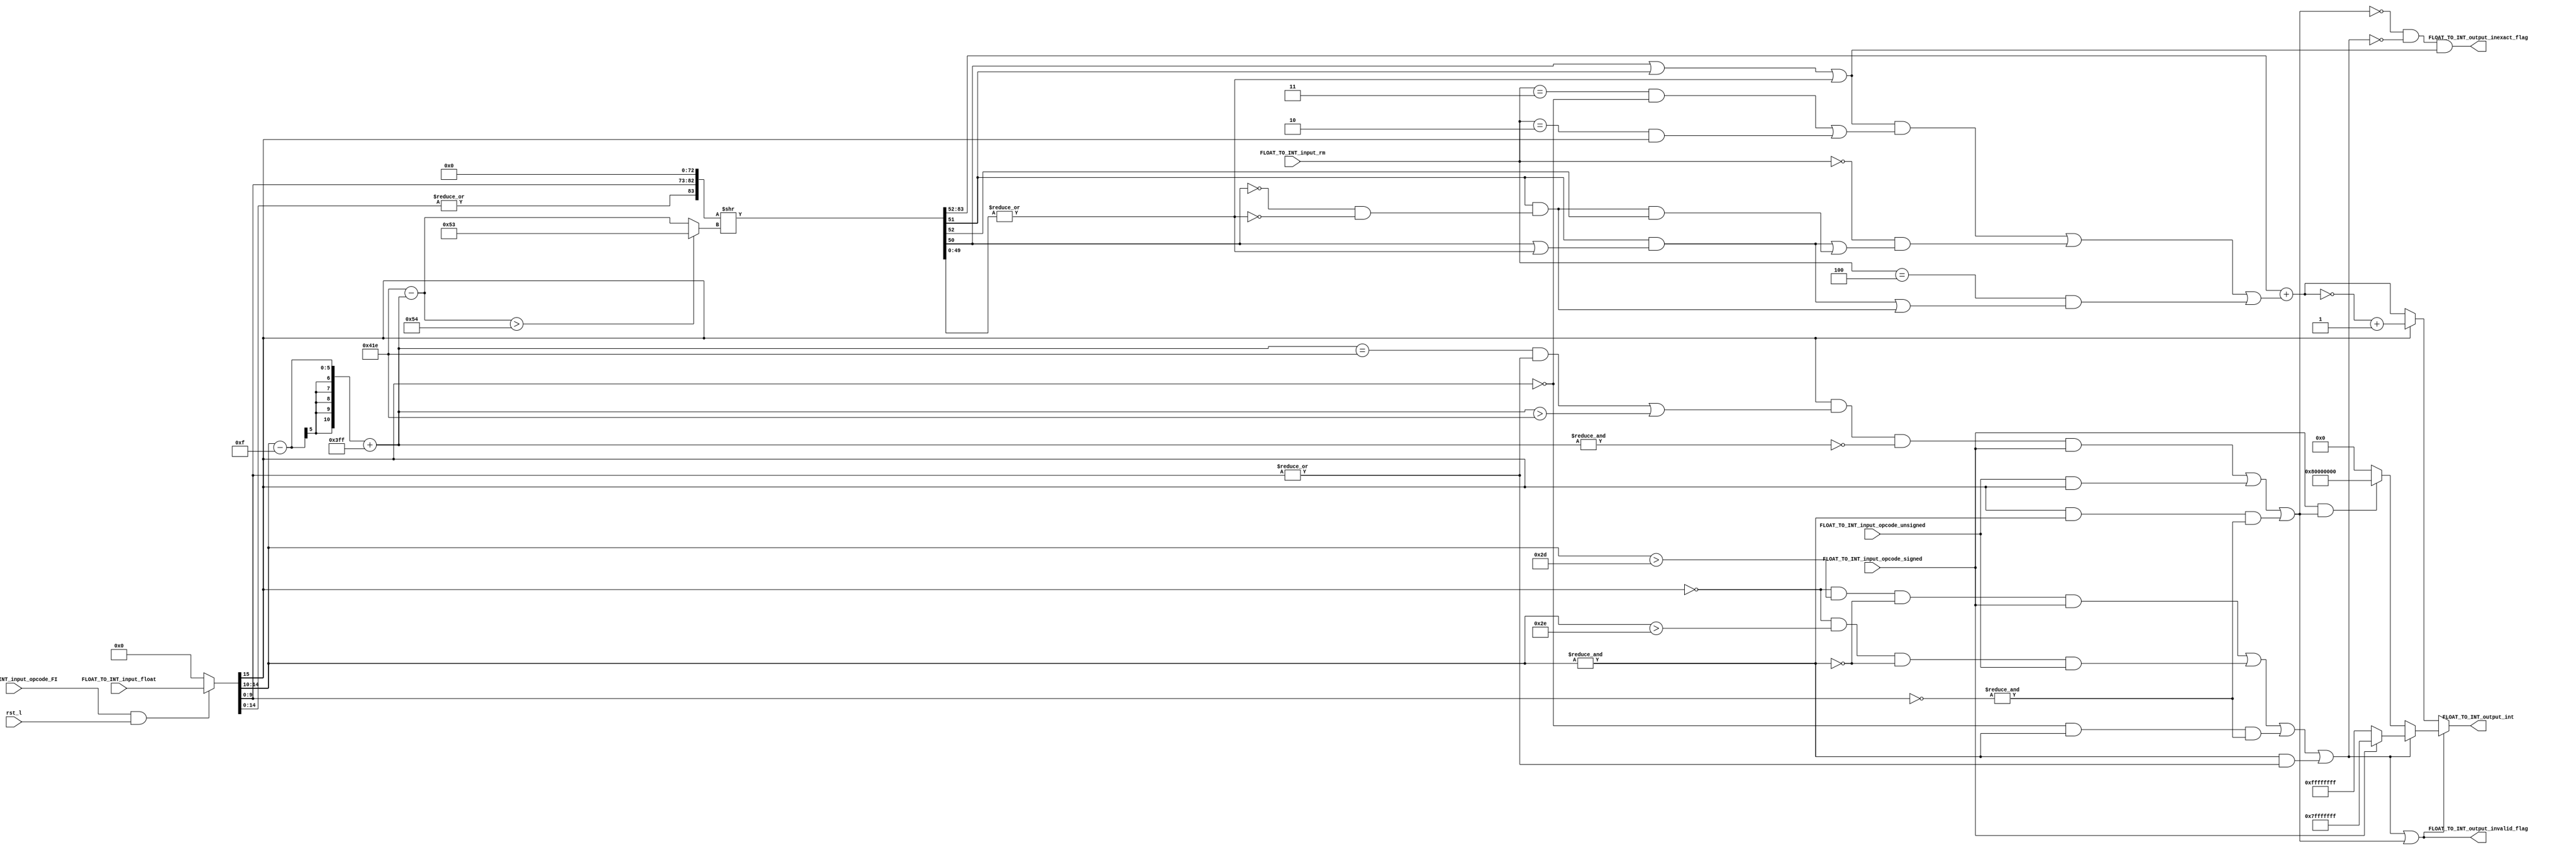
module FPU_Float_to_Int(FLOAT_TO_INT_input_float, FLOAT_TO_INT_input_rm, FLOAT_TO_INT_input_opcode_FI, FLOAT_TO_INT_input_opcode_signed, FLOAT_TO_INT_input_opcode_unsigned, rst_l, FLOAT_TO_INT_output_int, FLOAT_TO_INT_output_invalid_flag, FLOAT_TO_INT_output_inexact_flag);

parameter std = 15;//Bfloat16 and IEEE16
//parameter std = 31;//IEEE32
//parameter std = 63;//IEEE64

parameter man = 9;//IEEE16
//parameter man = 6;//Bfloat16
//parameter man = 22;//IEEE32
//parameter man = 51;//IEEE64

parameter exp = 4;//IEEE16
//parameter exp = 7;//IEEE32 and Bfloat16 
//parameter exp = 10;//IEEE64

//parameter bias = 127;//Bfloat16
parameter bias = 15;//16
//parameter bias = 127;//32
//parameter bias = 1023;//64

input [std : 0]FLOAT_TO_INT_input_float;
input [2:0]FLOAT_TO_INT_input_rm;
input FLOAT_TO_INT_input_opcode_FI;
input FLOAT_TO_INT_input_opcode_signed;
input FLOAT_TO_INT_input_opcode_unsigned;
input rst_l;


output [31 : 0]FLOAT_TO_INT_output_int;
output FLOAT_TO_INT_output_invalid_flag;
output FLOAT_TO_INT_output_inexact_flag;




wire [std : 0] FLOAT_TO_INT_input_wire_float;
wire [63 : 0]FLOAT_TO_INT_wire_float_mapped;
wire [10 : 0]FLOAT_TO_INT_wire_shifts_interim;
wire [10 : 0]FLOAT_TO_INT_wire_shifts_final;
wire [83 : 0]FLOAT_TO_INT_wire_shifted_data;
wire FLOAT_TO_INT_wire_condition_inf, FLOAT_TO_INT_wire_condition_rnte, FLOAT_TO_INT_wire_condition_rntmm;
wire FLOAT_TO_INT_wire_rounding;
wire [31 : 0]FLOAT_TO_INT_wire_rounded_int;
wire [31 : 0]FLOAT_TO_INT_wire_main_output;
wire FLOAT_TO_INT_bit_exception_for_max_caught, FLOAT_TO_INT_bit_exception_for_min_caught, FLOAT_TO_INT_bit_pos_infinity_caught, FLOAT_TO_INT_bit_neg_infinity_caught, FLOAT_TO_INT_bit_NaN_caught, FLOAT_TO_INT_bit_subnormal_caught;
wire FLOAT_TO_INT_wire_max, FLOAT_TO_INT_wire_min;
wire FLOAT_TO_INT_bit_fraction_caught;
wire [31 : 0]FLOAT_TO_INT_wire_output_interim_1_1, FLOAT_TO_INT_wire_output_exceptions, FLOAT_TO_INT_wire_output_interim_1_2;
wire FLOAT_TO_INT_bit_exception_for_max_1_caught, FLOAT_TO_INT_bit_exception_for_max_2_caught, FLOAT_TO_INT_bit_exception_for_min_1_caught;
wire FLOAT_TO_INT_wire_hidden_bit_decision;

//Setting the input to zero if rst_l or opcode_FI is low
assign FLOAT_TO_INT_input_wire_float = (FLOAT_TO_INT_input_opcode_FI && rst_l) ? FLOAT_TO_INT_input_float : {(std+1){1'b0}};

//Mapping the data to 64bit precision std
assign FLOAT_TO_INT_wire_float_mapped = {FLOAT_TO_INT_input_wire_float[std], (FLOAT_TO_INT_input_wire_float[std-1 : man+1] - bias[exp : 0] + 11'b011_1111_1111), ( {FLOAT_TO_INT_input_wire_float[man:0], {(51-man){1'b0}}} ) };

//Calculating shift amount
assign FLOAT_TO_INT_wire_shifts_interim = (11'b10000011110 - FLOAT_TO_INT_wire_float_mapped[62:52]);

//Setting the shifts to 83 incase they are greater than 83, 83 not 84 cause hidden 1 is letter required for rounding in case of fraction and subnormal numbers 
assign FLOAT_TO_INT_wire_shifts_final = (FLOAT_TO_INT_wire_shifts_interim > 84) ? (11'b000_0101_0011) : FLOAT_TO_INT_wire_shifts_interim ;

// Exponent and mantissa are all zero only in case of zeros, Hidden bit is set to zero only for the case of ) for subnormals it is not set to zero since setting it one will make the STICKY bit 1 (due to how the RTL is done which), sticky being one sets the inexact flag to 1. 
assign FLOAT_TO_INT_wire_hidden_bit_decision = (|FLOAT_TO_INT_input_wire_float[std-1 : 0]);
assign FLOAT_TO_INT_wire_shifted_data = {FLOAT_TO_INT_wire_hidden_bit_decision, FLOAT_TO_INT_wire_float_mapped[51:0],31'b0000000000000000000000000000000} >> (FLOAT_TO_INT_wire_shifts_final);

//Calculating incrementing conditions, if any of the three is high increment is to be done
assign FLOAT_TO_INT_wire_condition_inf = ((FLOAT_TO_INT_wire_shifted_data[50] | FLOAT_TO_INT_wire_shifted_data[51] | (|FLOAT_TO_INT_wire_shifted_data[49:0])) & ((FLOAT_TO_INT_input_rm == 3'b011 & ~FLOAT_TO_INT_wire_float_mapped[63])|(FLOAT_TO_INT_input_rm == 3'b010 & FLOAT_TO_INT_wire_float_mapped[63])));  
assign FLOAT_TO_INT_wire_condition_rnte = (FLOAT_TO_INT_input_rm == 3'b000 & ((FLOAT_TO_INT_wire_shifted_data[51] & (FLOAT_TO_INT_wire_shifted_data[50] | (|FLOAT_TO_INT_wire_shifted_data[49:0]))) | (FLOAT_TO_INT_wire_shifted_data[51] & ((~FLOAT_TO_INT_wire_shifted_data[50]) & ~(|FLOAT_TO_INT_wire_shifted_data[49:0])) & FLOAT_TO_INT_wire_shifted_data[52])));
assign FLOAT_TO_INT_wire_condition_rntmm = (FLOAT_TO_INT_input_rm == 3'b100 & ((FLOAT_TO_INT_wire_shifted_data[51] & (FLOAT_TO_INT_wire_shifted_data[50] | (|FLOAT_TO_INT_wire_shifted_data[49:0]))) | (FLOAT_TO_INT_wire_shifted_data[51] & ((~FLOAT_TO_INT_wire_shifted_data[50]) & ~(|FLOAT_TO_INT_wire_shifted_data[49:0])))));

assign FLOAT_TO_INT_wire_rounding = FLOAT_TO_INT_wire_condition_inf | FLOAT_TO_INT_wire_condition_rnte | FLOAT_TO_INT_wire_condition_rntmm;

//Roudning the Data
assign FLOAT_TO_INT_wire_rounded_int = FLOAT_TO_INT_wire_shifted_data[83:52] + FLOAT_TO_INT_wire_rounding ;

//Converting it to 2's compliment depending on opcode and sign of the number
assign FLOAT_TO_INT_wire_main_output = (FLOAT_TO_INT_input_wire_float[std]) ? ((~FLOAT_TO_INT_wire_rounded_int)+1'b1) : (FLOAT_TO_INT_wire_rounded_int) ;

//-------------------------------------EXCEPTION LOGIC---------------------------------------

assign FLOAT_TO_INT_bit_exception_for_max_caught = 
(((!FLOAT_TO_INT_input_wire_float[std])&                      //If sign is 0 +ve
(FLOAT_TO_INT_input_wire_float[std-1 : man+1] > 30+bias) &    //Exponent is greater than 30
(~(&FLOAT_TO_INT_input_wire_float[std-1 : man+1]))&           //Exponent is not all 1 (INF and NAN)
(FLOAT_TO_INT_input_opcode_signed))                           //Signed operation is being carried out
|
((!FLOAT_TO_INT_input_wire_float[std])&                       //If sign is zero +ve
(FLOAT_TO_INT_input_wire_float[std-1 : man+1] > 31+bias) &    //Exponent is greater than 31
(~(&FLOAT_TO_INT_input_wire_float[std-1 : man+1]))&           //Exponent is not all 1 (INF and NAN)
(FLOAT_TO_INT_input_opcode_unsigned)));                       //Unsigned operation is being carried out

assign FLOAT_TO_INT_bit_exception_for_min_caught =
(((FLOAT_TO_INT_wire_float_mapped[63])& 
(((FLOAT_TO_INT_wire_float_mapped[62 : 52] == 31+1023)	& ((|FLOAT_TO_INT_wire_float_mapped[51 : 22]))) | (FLOAT_TO_INT_wire_float_mapped[62 : 52] > 31+1023))& 	 
(~(&FLOAT_TO_INT_wire_float_mapped[62 : 52]))&
(FLOAT_TO_INT_input_opcode_signed))
|
(FLOAT_TO_INT_input_opcode_unsigned& 
(FLOAT_TO_INT_input_wire_float[std])));

/*
assign FLOAT_TO_INT_bit_exception_for_min_caught =
(std == 63) ?
(((FLOAT_TO_INT_input_wire_float[std])& 
(((FLOAT_TO_INT_input_wire_float[std-1 : man+1] == 31+bias)	& ((|FLOAT_TO_INT_input_wire_float[51 : 22]))) | (FLOAT_TO_INT_input_wire_float[std-1 : man+1] > 31+bias))& 	 
(~(&FLOAT_TO_INT_input_wire_float[std-1 : man+1]))&
(FLOAT_TO_INT_input_opcode_signed))
|
(FLOAT_TO_INT_input_opcode_unsigned& 
(FLOAT_TO_INT_input_wire_float[std])))
:
(((FLOAT_TO_INT_input_wire_float[std])& 
(((FLOAT_TO_INT_input_wire_float[std-1 : man+1] == 31+bias)	& (|FLOAT_TO_INT_input_wire_float[man : 0])) | (FLOAT_TO_INT_input_wire_float[std-1 : man+1] > 31+bias))& 	 
(~(&FLOAT_TO_INT_input_wire_float[std-1 : man+1]))&
(FLOAT_TO_INT_input_opcode_signed))
|
(FLOAT_TO_INT_input_opcode_unsigned& 
(FLOAT_TO_INT_input_wire_float[std])))
;
*/

//Checking for +ve  INF
assign FLOAT_TO_INT_bit_pos_infinity_caught = ((~FLOAT_TO_INT_input_wire_float[std]) & (&FLOAT_TO_INT_input_wire_float[std-1 : man+1]) & (&(~FLOAT_TO_INT_input_wire_float[man:0])));

//Checking for -ve INF
assign FLOAT_TO_INT_bit_neg_infinity_caught = ((FLOAT_TO_INT_input_wire_float[std]) & (&FLOAT_TO_INT_input_wire_float[std-1 : man+1]) & (&(~FLOAT_TO_INT_input_wire_float[man:0])));

//Checking for NANs
assign FLOAT_TO_INT_bit_NaN_caught = ((&FLOAT_TO_INT_input_wire_float[std-1 : man+1]) & (|FLOAT_TO_INT_input_wire_float[man:0]));

//Checking for subnormal numbers
assign FLOAT_TO_INT_bit_subnormal_caught = (FLOAT_TO_INT_input_wire_float[std-1 : man+1] == 0) & (|FLOAT_TO_INT_input_wire_float[man:0]);

//Exponent is lesser than BIAS means number is a fraction, Exponent is not all zero means number is not zero and number is not a subnormal. Condition of subnormal and zero is added since EXP of these numbers is 0 and 0 is lesser than BIAS
assign FLOAT_TO_INT_bit_fraction_caught = (FLOAT_TO_INT_input_wire_float[std-1 : man+1] < bias) & (|FLOAT_TO_INT_input_wire_float[std-1 : man+1]) & (!FLOAT_TO_INT_bit_subnormal_caught);

//Number goes out of range due to rounding
//Signed max
assign FLOAT_TO_INT_bit_exception_for_max_1_caught = 
((!FLOAT_TO_INT_wire_float_mapped[std])&                 //If sign is zero +ve
(FLOAT_TO_INT_wire_float_mapped[62:52] == 30+1023) &     //Exponent == 30
(~(&FLOAT_TO_INT_wire_float_mapped[62:52]))&             //Exponent is not all 1 (INF and NAN)
(&FLOAT_TO_INT_wire_float_mapped[51 : 21])&              //MSB 32 are all 1
(FLOAT_TO_INT_wire_rounding)&                            //Rounding is to be done
(FLOAT_TO_INT_input_opcode_signed));                     //Signed operation is being carried out

//Unsigned max
assign FLOAT_TO_INT_bit_exception_for_max_2_caught = 
((!FLOAT_TO_INT_wire_float_mapped[std])&                //If sign is zero +ve
(FLOAT_TO_INT_wire_float_mapped[62:52] == 31+1023) &    //Exponent == 31
(~(&FLOAT_TO_INT_wire_float_mapped[62:52]))&            //Exponent is not all 1 (INF and NAN)
(&FLOAT_TO_INT_wire_float_mapped[51 : 21])&             //MSB 32 are all 1
(FLOAT_TO_INT_wire_rounding)&                           //Rounding is to be done
(FLOAT_TO_INT_input_opcode_unsigned));                  //Unsigned operation is being carried out

//Signed min, Unsigned min is zero so no need to implement rounding logic for that
assign FLOAT_TO_INT_bit_exception_for_min_1_caught =
((FLOAT_TO_INT_wire_float_mapped[std])&                 //If sign is one -ve
(FLOAT_TO_INT_wire_float_mapped[62:52] == 31+1023)&     //Exponent == 31
(!(|FLOAT_TO_INT_wire_float_mapped[51 : 21]))& 	        //Integer bits of mantissa are all zero
(~(&FLOAT_TO_INT_wire_float_mapped[62:52]))&            //Exponent is not all 1 (INF and NAN)
(FLOAT_TO_INT_wire_rounding)&                           //Rounding up is to done
(FLOAT_TO_INT_input_opcode_signed));                    //Signed operation is to be done

assign FLOAT_TO_INT_wire_max = FLOAT_TO_INT_bit_exception_for_max_caught | FLOAT_TO_INT_bit_pos_infinity_caught | FLOAT_TO_INT_bit_NaN_caught | FLOAT_TO_INT_bit_exception_for_max_1_caught | FLOAT_TO_INT_bit_exception_for_max_2_caught;
//Subnormal and fraction are removed from min condition since they can be handled by main unit it self
assign FLOAT_TO_INT_wire_min = FLOAT_TO_INT_bit_exception_for_min_caught | FLOAT_TO_INT_bit_neg_infinity_caught | FLOAT_TO_INT_bit_exception_for_min_1_caught;

assign FLOAT_TO_INT_wire_output_interim_1_1 = (FLOAT_TO_INT_input_opcode_signed) ? 32'b0111_1111_1111_1111_1111_1111_1111_1111 : 32'b1111_1111_1111_1111_1111_1111_1111_1111 ;
assign FLOAT_TO_INT_wire_output_interim_1_2 = (FLOAT_TO_INT_input_opcode_signed & (FLOAT_TO_INT_bit_exception_for_min_caught | FLOAT_TO_INT_bit_neg_infinity_caught | FLOAT_TO_INT_bit_exception_for_min_1_caught)) ? 32'b1000_0000_0000_0000_0000_0000_0000_0000 : 32'b0000_0000_0000_0000_0000_0000_0000_0000 ;

assign FLOAT_TO_INT_wire_output_exceptions = (FLOAT_TO_INT_wire_max) ? FLOAT_TO_INT_wire_output_interim_1_1 : FLOAT_TO_INT_wire_output_interim_1_2 ;

assign FLOAT_TO_INT_output_int = (FLOAT_TO_INT_wire_max | FLOAT_TO_INT_wire_min) ? FLOAT_TO_INT_wire_output_exceptions : FLOAT_TO_INT_wire_main_output ;

//STICKY bit is getting high for exceptional data therefore in case of exceptional data inexact flag is nulified so that it doesnt get high
assign FLOAT_TO_INT_output_inexact_flag = ((!FLOAT_TO_INT_wire_min) & (!FLOAT_TO_INT_wire_max)) & (| FLOAT_TO_INT_wire_shifted_data[50] | FLOAT_TO_INT_wire_shifted_data[51] | (|FLOAT_TO_INT_wire_shifted_data[49:0]));


assign FLOAT_TO_INT_output_invalid_flag = FLOAT_TO_INT_wire_max | FLOAT_TO_INT_wire_min ;

endmodule